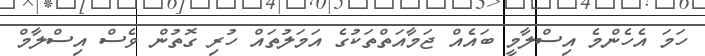
ހަމަ އެހެންމެ އިސްލާމީ ބައެއް ޖަމާއަތްތަކުގެ އަމަލުތައް ހުރި ގޮތުން ވެސް އިސްލާމް